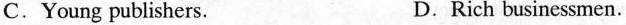
C.Young publishers. D.Rich businessmen.